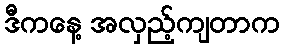
ဒီကနေ့ အလှည့်ကျတာက